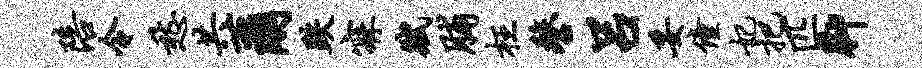
陪令愁共尔跌寐赋脯枉鏊吕妥僮妃把匹脚